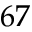
6 7